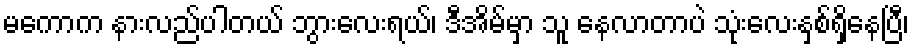
မကောက နားလည်ပါတယ် ဘွားလေးရယ်၊ ဒီအိမ်မှာ သူ နေလာတာပဲ သုံးလေးနှစ်ရှိနေပြီ၊